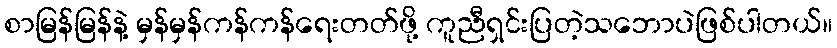
စာမြန်မြန်နဲ့ မှန်မှန်ကန်ကန်ရေးတတ်ဖို့ ကူညီရှင်းပြတဲ့သဘောပဲဖြစ်ပါတယ်။